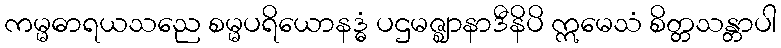
ကမ္မဓာရယသညေ စမ္မပရိယောနဒ္ဓံ ပဌမဇ္ဈာနာဒီနိပိ ဣမေသံ စိတ္တသန္တာပါ